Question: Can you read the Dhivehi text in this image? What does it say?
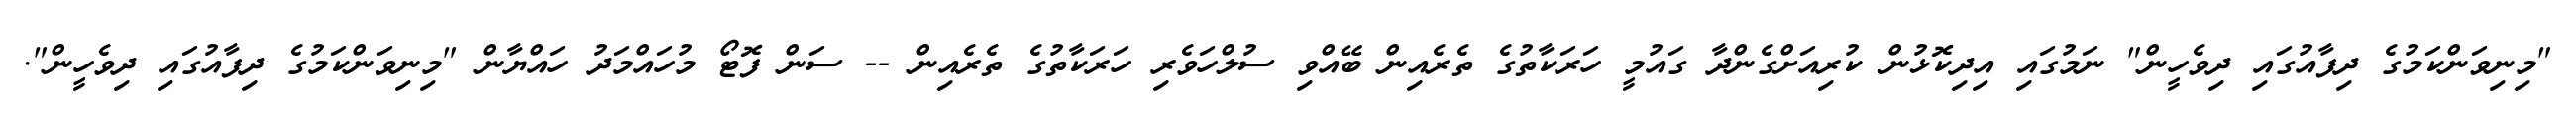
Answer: "މިނިވަންކަމުގެ ދިފާއުގައި ދިވެހީން" ނަމުގައި އިދިކޮޅުން ކުރިއަށްގެންދާ ގައުމީ ހަރަކާތުގެ ތެރެއިން ބޭއްވި ސުލްހަވެރި ހަރަކާތުގެ ތެރެއިން -- ސަން ފޮޓޯ މުހައްމަދު ހައްޔާން "މިނިވަންކަމުގެ ދިފާއުގައި ދިވެހީން".